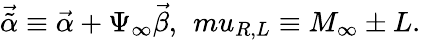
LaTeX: {\vec{\tilde{\alpha}}}\equiv{\vec{\alpha}}+\Psi_{\infty}{\vec{\beta}},\ \, mu_{R,L}\equiv M_{\infty}\pm L.